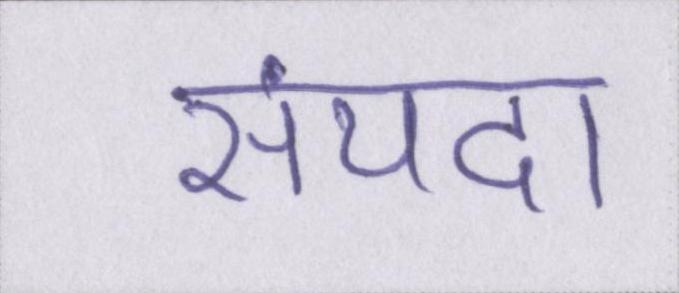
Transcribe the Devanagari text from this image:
संपदा